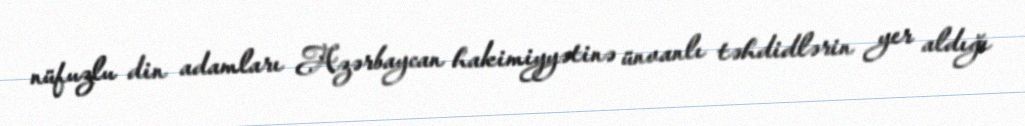
nüfuzlu din adamları Azərbaycan hakimiyyətinə ünvanlı təhdidlərin yer aldığı